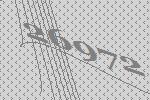
26972